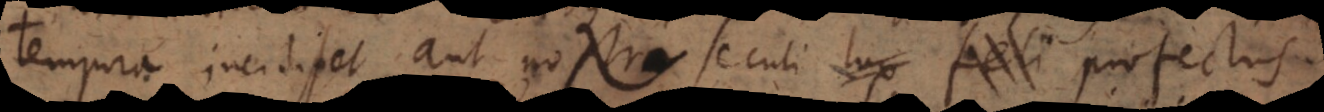
tempora incidisset, aut nostri seculi lux feli profectus